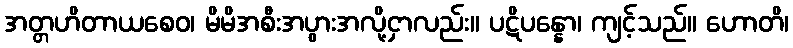
အတ္တဟိတာယစေဝ၊ မိမိအစီးအပွားအလို့ငှာလည်း။ ပဋိပန္နော၊ ကျင့်သည်။ ဟောတိ၊